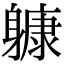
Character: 躿